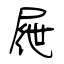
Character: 屜